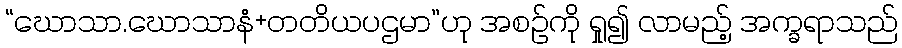
“ဃောသာ.ဃောသာနံ+တတိယပဌမာ”ဟု အစဉ်ကို ရှု၍ လာမည့် အက္ခရာသည်